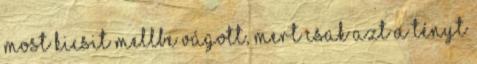
Most kicsit mellbe vágott, mert csak azt a tényt